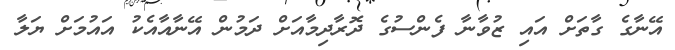
އޭނާގެ ގާތަށް އައި ޒުވާނާ ފެންސުގެ ދޮރާދިމާއަށް ދަމުން އޭނާއާއެކު އައުމަށް ޔަލާ